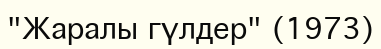
"Жаралы гүлдер" (1973)